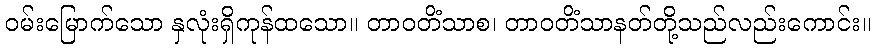
ဝမ်းမြောက်သော နှလုံးရှိကုန်ထသော။ တာဝတိံသာစ၊ တာဝတိံသာနတ်တို့သည်လည်းကောင်း။